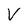
Character: V